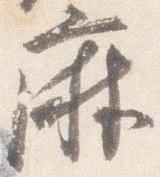
麻